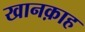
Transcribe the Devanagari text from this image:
खानक़ाह